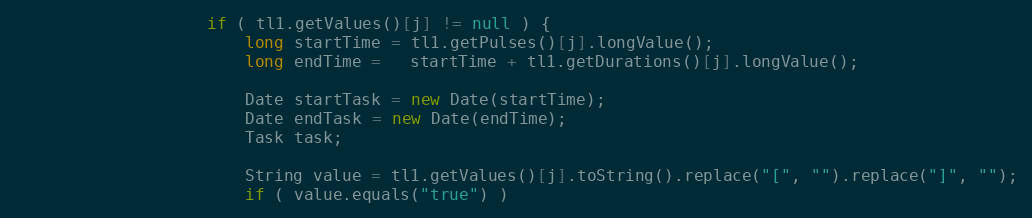
Language: Java
					if ( tl1.getValues()[j] != null ) {
						long startTime = tl1.getPulses()[j].longValue();
						long endTime =   startTime + tl1.getDurations()[j].longValue();

						Date startTask = new Date(startTime);
						Date endTask = new Date(endTime);
						Task task;

						String value = tl1.getValues()[j].toString().replace("[", "").replace("]", "");
						if ( value.equals("true") )